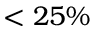
< 2 5 \%